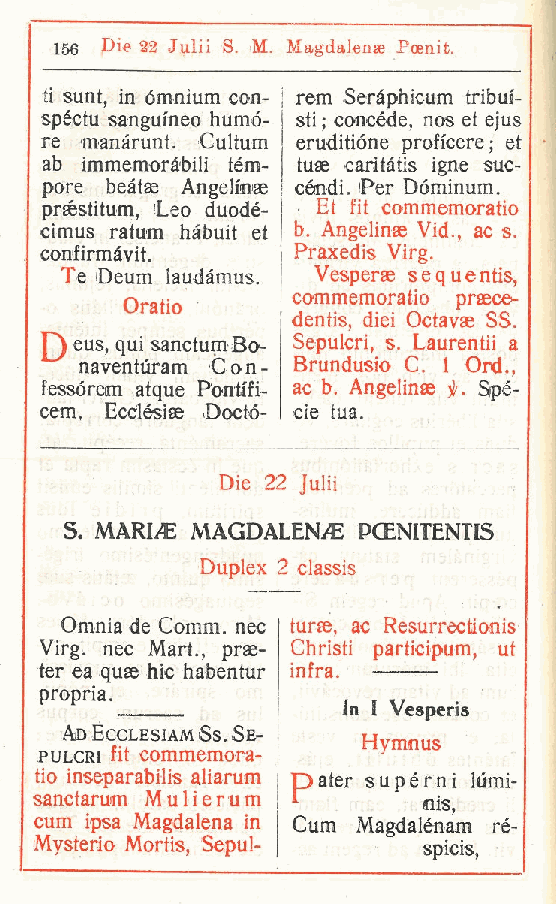
156 Die 32 Julii S. M. Magdalenae Poenit.
 ti sunt in omnium con- rem Seràphicum tribut-
 ,
 spéctu sanguineo humó- sti ; concède, nos et ejus
 re manàrunt. Cultum eruditióne proficere; et
 ab immemoràbili tèm- tuae caritàtis igne suc-
 pore beàtag Angelinee céndi. 'Per Dóminum.
 préstitum, Leo duodé- . Et fit commemoratio
 cimus ratum hàbuit et b Angelinae Vid., ac s.
 .
 confirmàvit.    Praxedis Virg.
 Te Deum laudàmus. Vesperae sequentis
 ,
 commemoratio praece-
 Oratio
 dentis, diei Octavae SS.
 Y) eus, qui sanctum Bo- Sepuicri s. Laurentii a
 ,
 naventùram Con- Brundusio C. 1 Ord.
 ,
 fessórem atque Pontifi- ac b. Angelinae f. Spè-
 cem, Ecclésise Doctó- cie tua.
 Die 22 Juiii
 S MARIjC MAGDALENAE PCENITENTIS
 .
 Duplex 2 classis
 Omnia de Comm. nec turae, ac Resurrectionis
 Virg. nec Mart. prae- Christi participum ut
 ,                 ,
 ter ea quae hic habentur infra.
 propria.
 In I Vesperis
 Ad Ecclesum Ss. Se-
 Hyrrmus
 pulcri fit commemora-
 tio inseparabilis aliarum Dater supèrni liimi-
 sanctarum M u 1 i e r u m nis,
 cum ipsa Magdalena in Cum Magdalénam rè-
 Mysterio Mortis Seìpul-   spicis,
 ,